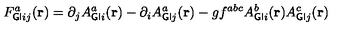
F _ { { \sf G I } i j } ^ { a } ( { \bf r } ) = \partial _ { j } A _ { { \sf G I } i } ^ { a } ( { \bf r } ) - \partial _ { i } A _ { { \sf G I } j } ^ { a } ( { \bf r } ) - g f ^ { a b c } A _ { { \sf G I } i } ^ { b } ( { \bf r } ) A _ { { \sf G I } j } ^ { c } ( { \bf r } )